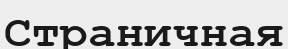
Страничная